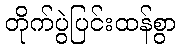
တိုက်ပွဲပြင်းထန်စွာ